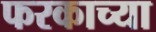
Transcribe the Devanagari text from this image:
फरकाच्या